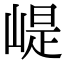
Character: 崼